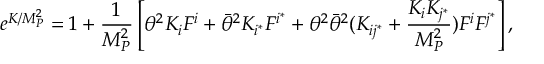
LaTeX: e ^ { K / M _ { P } ^ { 2 } } = 1 + \frac { 1 } { M _ { P } ^ { 2 } } \left[ \theta ^ { 2 } K _ { i } F ^ { i } + \bar { \theta } ^ { 2 } K _ { i ^ { * } } F ^ { i ^ { * } } + \theta ^ { 2 } \bar { \theta } ^ { 2 } ( K _ { i j ^ { * } } + \frac { K _ { i } K _ { j ^ { * } } } { M _ { P } ^ { 2 } } ) F ^ { i } F ^ { j ^ { * } } \right] ,